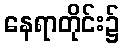
နေရာတိုင်း၌